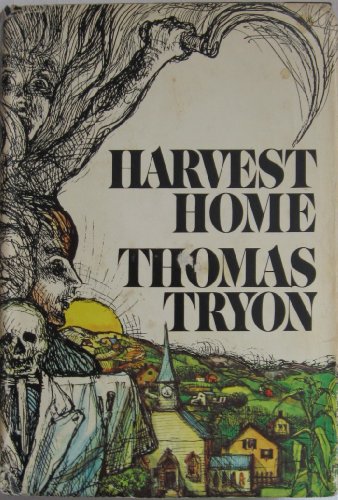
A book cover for Harvest Home; Thomas Tryon; Romance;